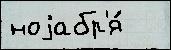
ноjабр'я́